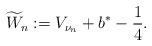
LaTeX: \begin{align*}\widetilde{W}_n := V_{\nu_n} + b^* - \frac14.\end{align*}